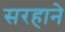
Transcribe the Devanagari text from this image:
सरहाने